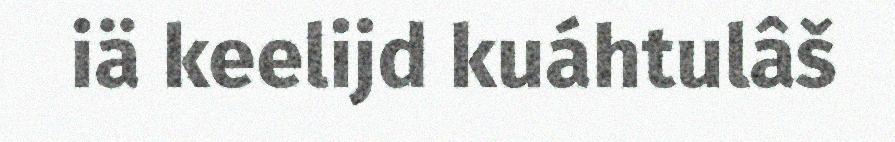
iä keelijd kuáhtulâš